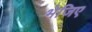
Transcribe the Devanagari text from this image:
भेजिए